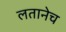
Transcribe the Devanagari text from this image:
लतानेच